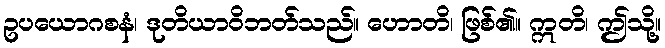
ဥပယောဂစနံ၊ ဒုတိယာဝိဘတ်သည်။ ဟောတိ၊ ဖြစ်၏။ ဣတိ၊ ဤသို့။